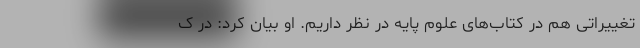
تغییراتی هم در کتاب‌های علوم پایه در نظر داریم. او بیان کرد: در ک